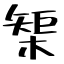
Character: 榘